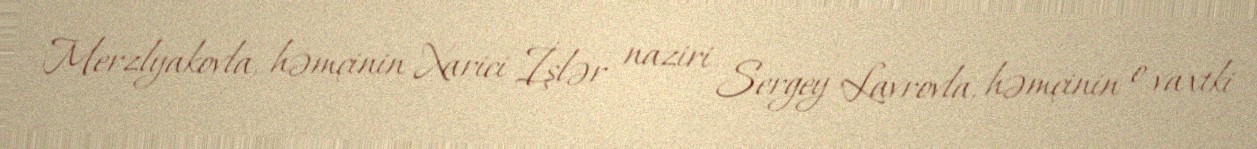
Merzlyakovla, həmçinin Xarici İşlər naziri Sergey Lavrovla, həmçinin o vaxtki